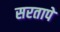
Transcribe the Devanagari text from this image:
सरतापे